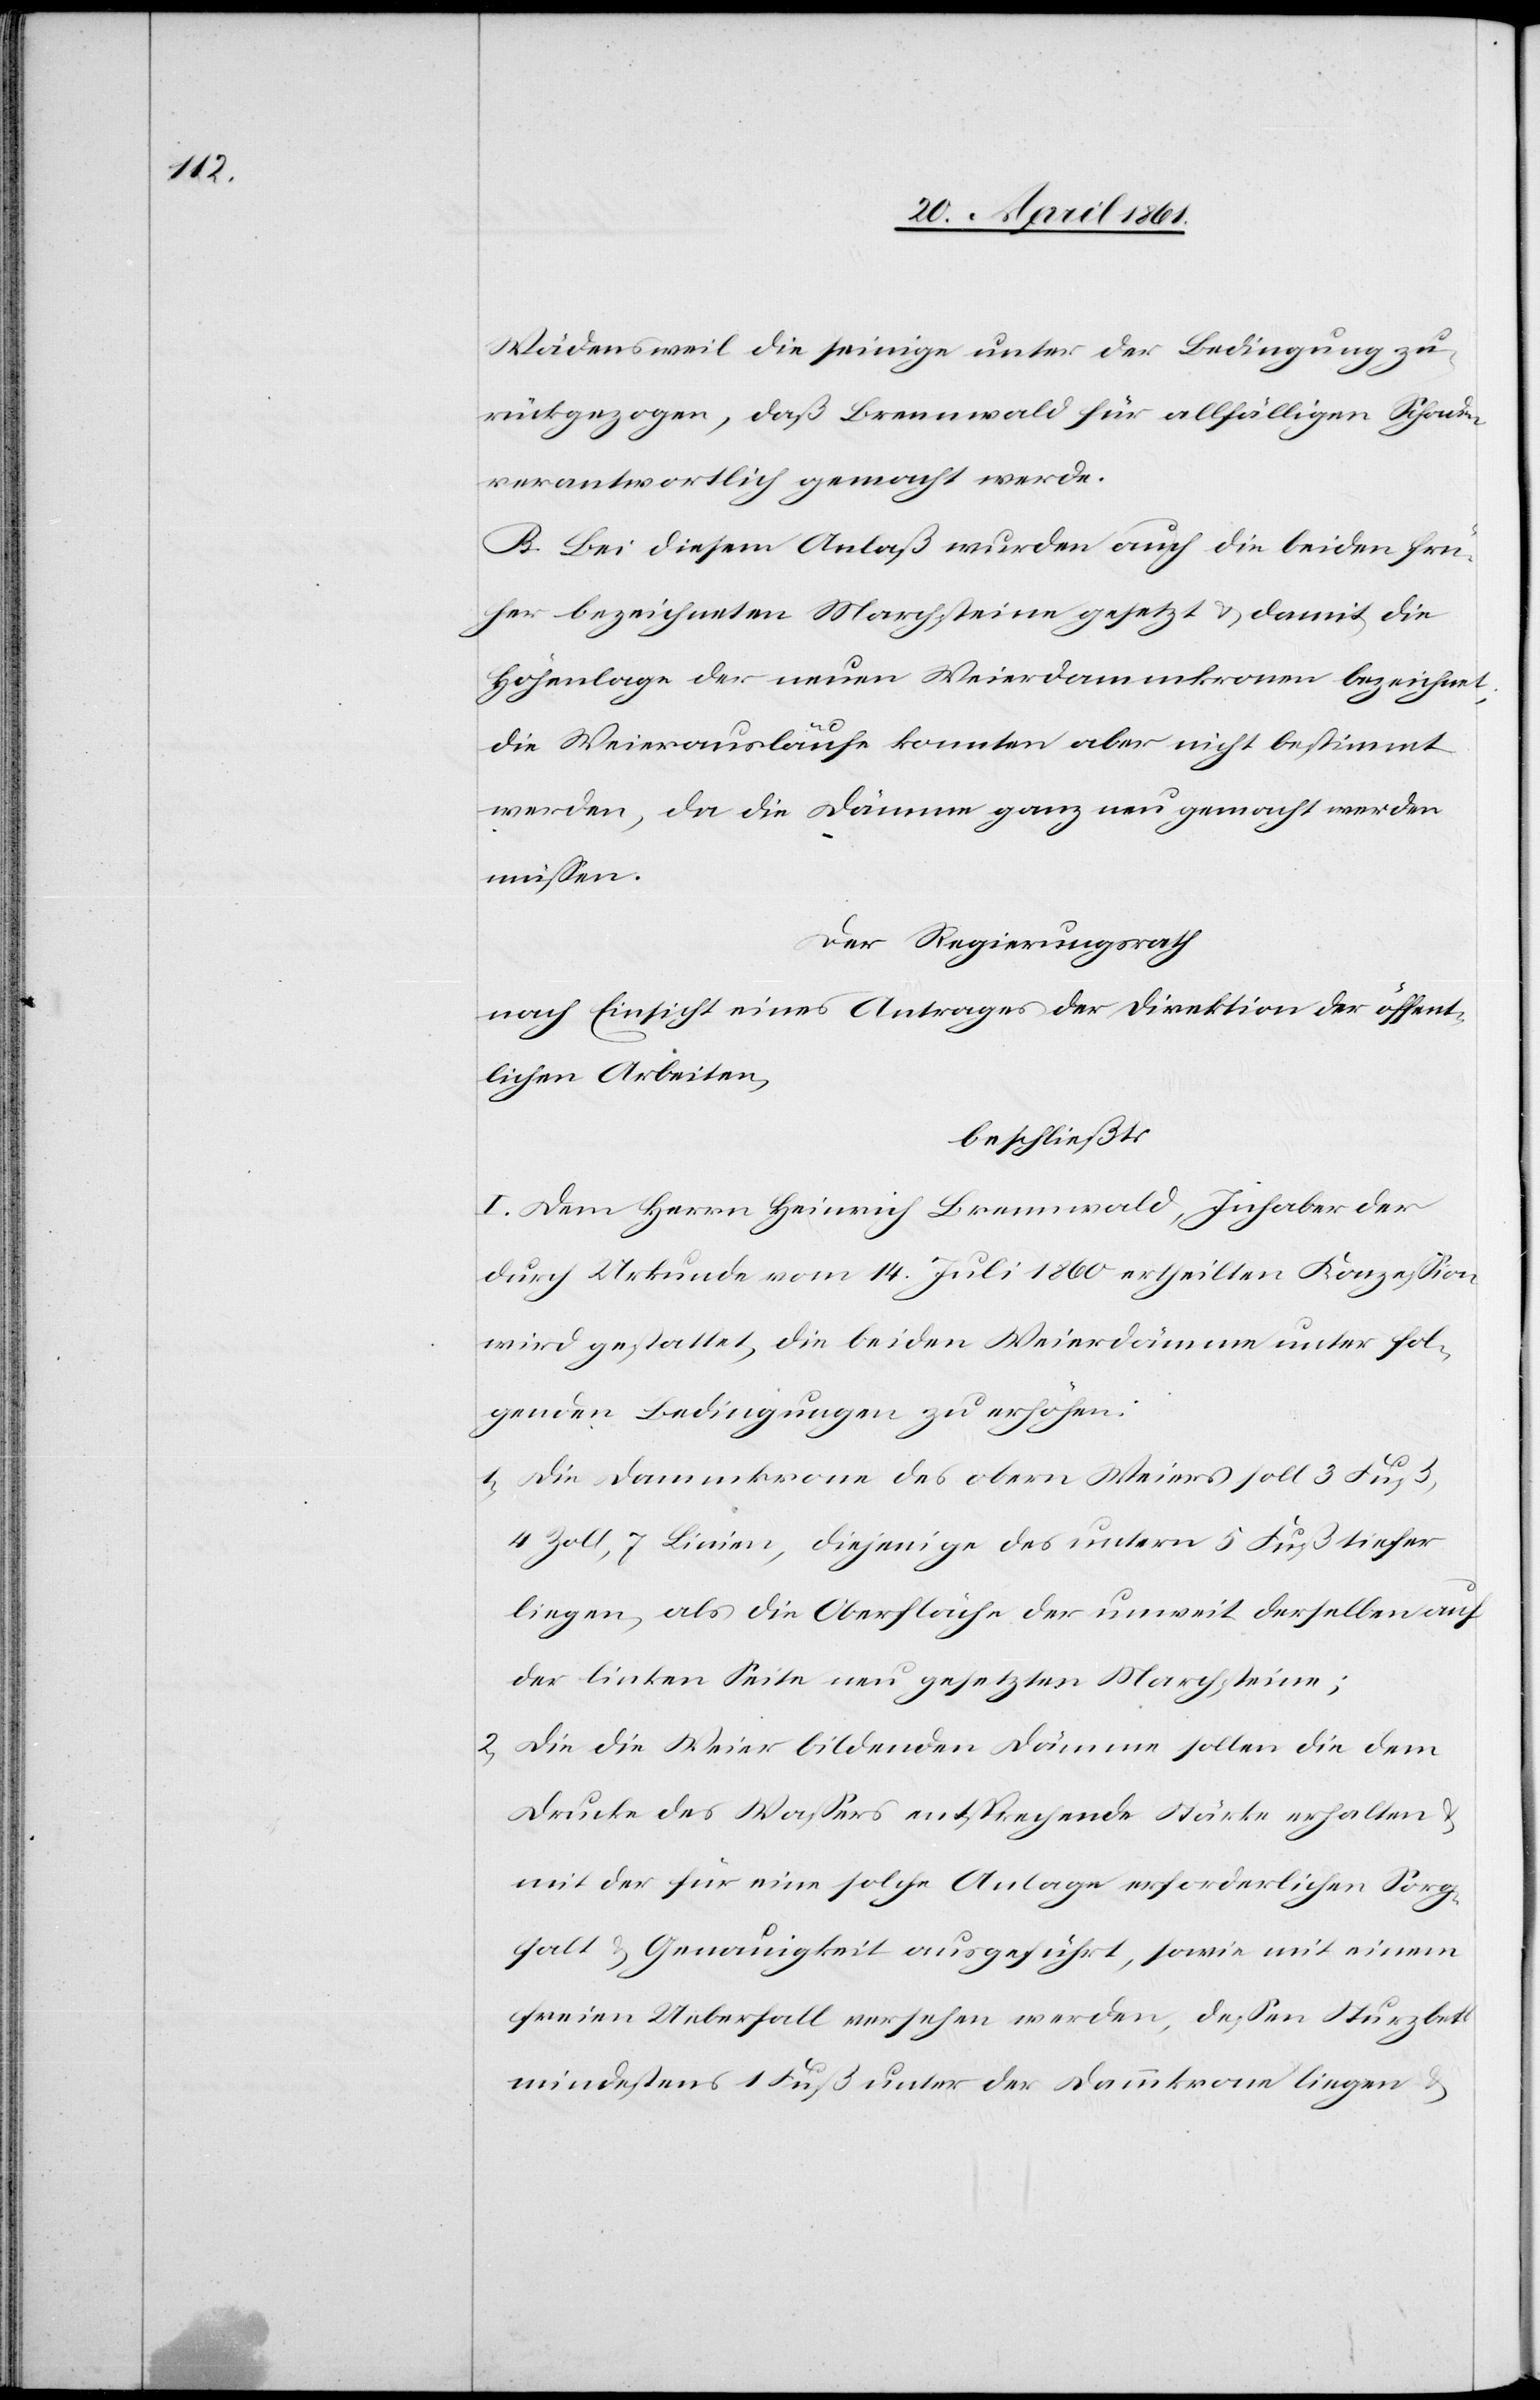
Wädensweil die seinige unter der Bedingung zu¬
rückgezogen, daß Brennwald für allfälligen Schaden
verantwortlich gemacht werde.
B. Bei diesem Anlaß wurden auch die beiden frü¬
her bezeichneten Marchsteine gesetzt u. damit die
Höhenlage der neuen Weierdammkrone bezeichnet,
die Weierausläufe konnten aber nicht bestimmt
werden, da die Dämme ganz neu gemacht werden
müssen.
Der Regierungsrath
nach Einsicht eines Antrages der Direktion der öffent¬
lichen Arbeiten,
beschließt:
I. Dem Herrn Heinrich Brennwald, Inhaber der
durch Urkunde vom 14. Juli 1860 ertheilten Konzession
wird gestattet, die beiden Weierdämme unter fol¬
genden Bedingungen zu erhöhen:
1. Die Dammkrone des obern Weiers soll 3 Fuß,
4 Zoll, 7 Linien, diejenige des untern 5 Fuß tiefer
liegen, als die Oberfläche der unweit derselben auf
der linken Seite neu gesetzten Marchsteine;
2. Die die Weier bildenden Dämme sollen die dem
Drucke des Wassers entsprechende Stärke erhalten
mit der für eine solche Anlage erforderlichen Sorg¬
falt u. Genauigkeit ausgeführt, sowie mit einem
freien Ueberfall versehen werden, dessen Sturzbett
mindestens 1 Fuß unter der Dammkrone liegen